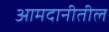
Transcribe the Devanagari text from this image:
आमदानीतील